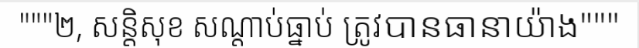
"""២, សន្តិសុខ សណ្តាប់ធ្នាប់ ត្រូវបានធានាយ៉ាង"""